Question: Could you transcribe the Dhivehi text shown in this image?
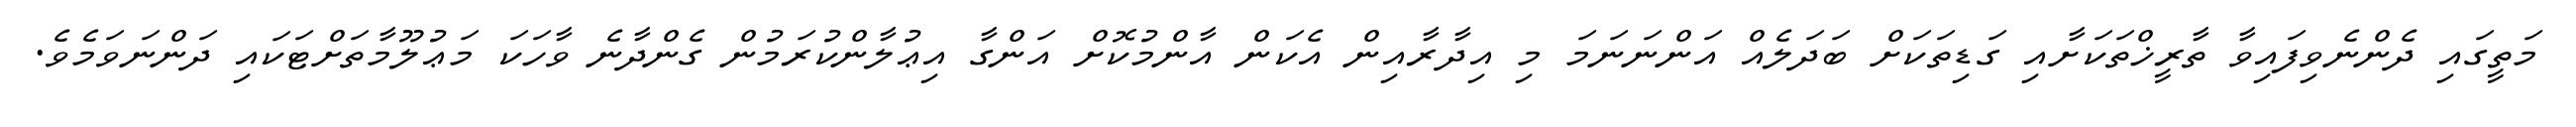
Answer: މަތީގައި ދެންނެވިފައިވާ ތާރީޚްތަކަށާއި ގަޑިތަކަށް ބަދަލެއް އަންނަނަމަ މި އިދާރާއިން އެކަން އާންމުކޮށް އަންގާ އިޢުލާންކުރަމުން ގެންދާނެ ވާހަކަ މަޢުލޫމާތަށްޓަކައި ދަންނަވަމެވެ.